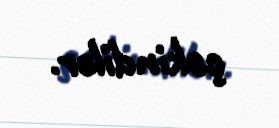
çəkindilər.